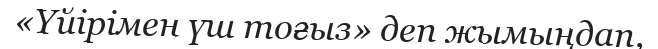
«Үйірімен үш тоғыз» деп жымыңдап,